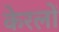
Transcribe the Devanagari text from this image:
केरलों